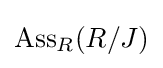
\mathrm {Ass} _{R}(R/J)